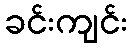
ခင်းကျင်း